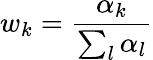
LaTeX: w_{k}=\frac{\alpha_{k}}{\sum_{l}\alpha_{l}}